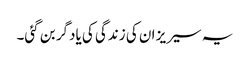
یہ سیریز ان کی زندگی کی یادگر بن گئی۔